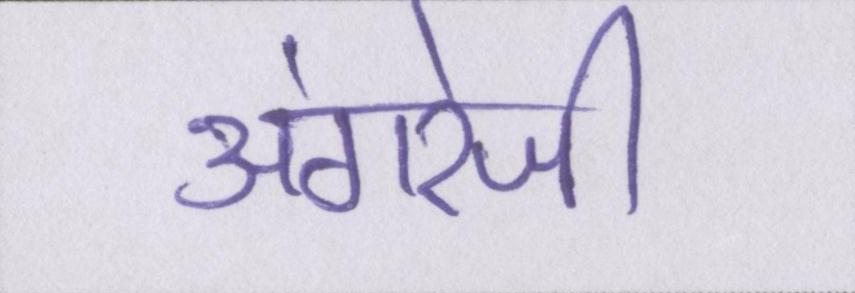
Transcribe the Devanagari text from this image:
अंगरेजी